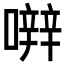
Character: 𡁈